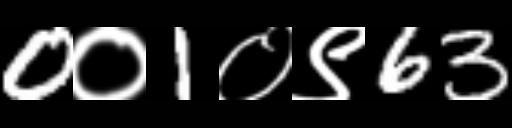
Text: 0०1०९63